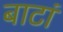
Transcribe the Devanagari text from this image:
बाटां